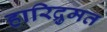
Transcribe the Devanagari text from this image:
हारिद्रुमत